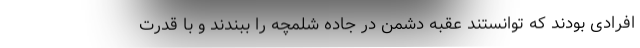
افرادی بودند که توانستند عقبه دشمن در جاده شلمچه را ببندند و با قدرت